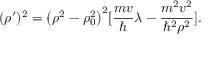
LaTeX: ( \rho ^ { \prime } ) ^ { 2 } = \bigl ( \rho ^ { 2 } - \rho _ { 0 } ^ { 2 } \bigr ) ^ { 2 } [ { \frac { m v } { \hbar } } \lambda - { \frac { m ^ { 2 } v ^ { 2 } } { \hbar ^ { 2 } \rho ^ { 2 } } } ] .